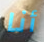
أنا